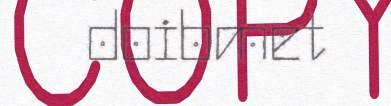
doibmet